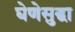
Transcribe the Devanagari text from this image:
घेणेसुद्घा